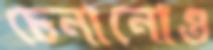
চেনানোও